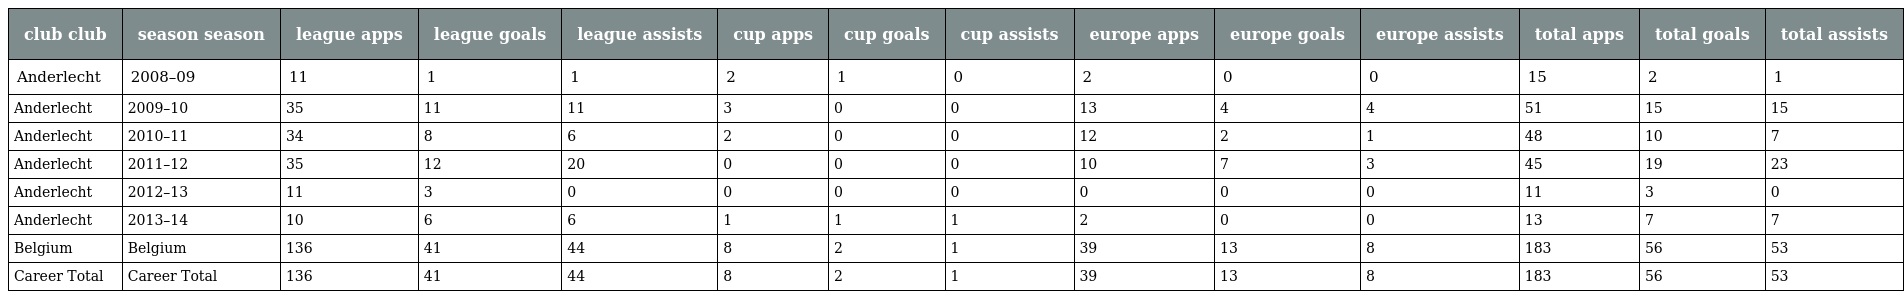
| club club | season season | league apps | league goals | league assists | cup apps | cup goals | cup assists | europe apps | europe goals | europe assists | total apps | total goals | total assists |
 | --- | --- | --- | --- | --- | --- | --- | --- | --- | --- | --- | --- | --- | --- |
 | Anderlecht | 2008–09 | 11 | 1 | 1 | 2 | 1 | 0 | 2 | 0 | 0 | 15 | 2 | 1 |
 | Anderlecht | 2009–10 | 35 | 11 | 11 | 3 | 0 | 0 | 13 | 4 | 4 | 51 | 15 | 15 |
 | Anderlecht | 2010–11 | 34 | 8 | 6 | 2 | 0 | 0 | 12 | 2 | 1 | 48 | 10 | 7 |
 | Anderlecht | 2011–12 | 35 | 12 | 20 | 0 | 0 | 0 | 10 | 7 | 3 | 45 | 19 | 23 |
 | Anderlecht | 2012–13 | 11 | 3 | 0 | 0 | 0 | 0 | 0 | 0 | 0 | 11 | 3 | 0 |
 | Anderlecht | 2013–14 | 10 | 6 | 6 | 1 | 1 | 1 | 2 | 0 | 0 | 13 | 7 | 7 |
 | Belgium | Belgium | 136 | 41 | 44 | 8 | 2 | 1 | 39 | 13 | 8 | 183 | 56 | 53 |
 | Career Total | Career Total | 136 | 41 | 44 | 8 | 2 | 1 | 39 | 13 | 8 | 183 | 56 | 53 |